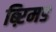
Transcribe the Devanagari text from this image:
ब्ऱिमड